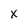
Character: X